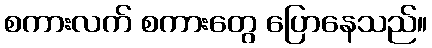
စကားလက် စကားတွေ ပြောနေသည်။